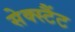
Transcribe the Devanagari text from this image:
सेक्स्टैंट